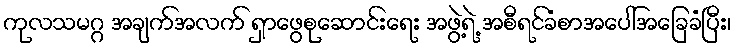
ကုလသမဂ္ဂ အချက်အလက် ရှာဖွေစုဆောင်းရေး အဖွဲ့ရဲ့ အစီရင်ခံစာအပေါ်အခြေခံပြီး၊